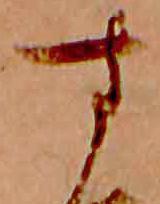
す